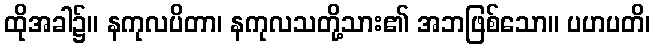
ထိုအခါ၌။ နကုလပိတာ၊ နကုလသတို့သား၏ အဘဖြစ်သော။ ပဟပတိ၊